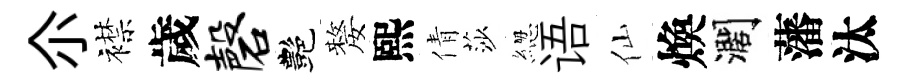
尒襟歲磬艷嫠熙倩莎緫语仙煥濶藩汰